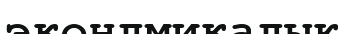
эконлмикалық